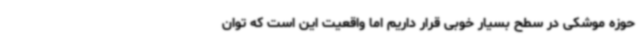
حوزه موشکی در سطح بسیار خوبی قرار داریم اما واقعیت این است که توان